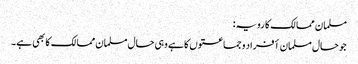
مسلمان ممالک کا رویہ :
جو حال مسلمان أفراد و جماعتوں کا ہے وہی حال مسلمان ممالک کا بھی ہے۔